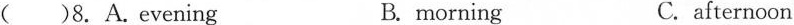
( )8.A.Evening B. morning C.afternoon